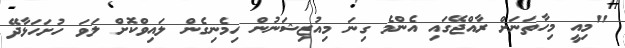
"މިއީ މިހާތަނަށް ރާއްޖޭގައި އެންމެ ގިނަ މިއުޒިޝަނުން ހިމެނިގެން ލައިވްކޮށް ލަވަ ހުށަހަޅާދޭ